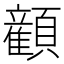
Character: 𬱏